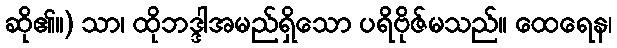
ဆို၏။) သာ၊ ထိုဘဒ္ဒါအမည်ရှိသော ပရိဗိုဇ်မသည်။ ထေရေန၊